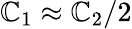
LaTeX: \mathbb{C}_{1}\approx\mathbb{C}_{2}/2